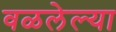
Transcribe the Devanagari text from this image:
वळलेल्या